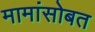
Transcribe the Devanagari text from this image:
मामांसोबत